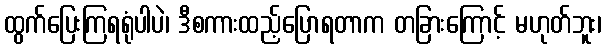
ထွက်ပြေးကြရရုံပါပဲ၊ ဒီစကားထည့်ပြောရတာက တခြားကြောင့် မဟုတ်ဘူး၊